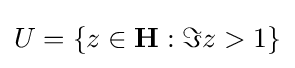
U=\{z\in \mathbf {H} :\Im z>1\}